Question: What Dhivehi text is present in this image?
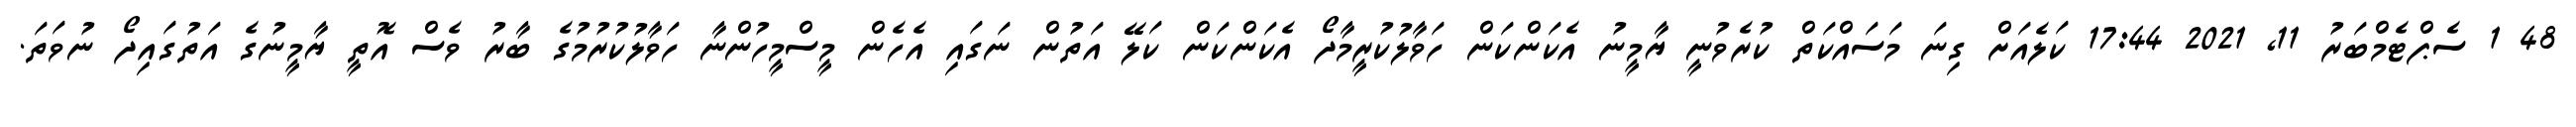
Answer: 48 1 ސެޕްޓެމްބަރު 11, 2021 17:44 ކަލެއަށް ގިނަ މަސައްކަތް ކުރެވުނީ ޔާމީނު އެކަންކަން ހަވާލުކުރީމާދޯ އެކަންކަން ކަލޭ އަތުން ނަގައި އެހެން މީސްމީހުންނާ ހަވާލުކުރުމުގެ ބާރު ވެސް އޮތީ ޔާމީނުގެ އަތުގައިދޯ ނުވަތަ.